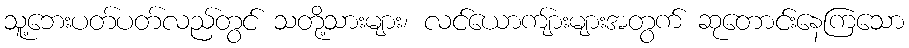
သူ့ဘေးပတ်ပတ်လည်တွင် သတို့သားများ၊ လင်ယောကျ်ားများအတွက် ဆုတောင်းနေကြသော